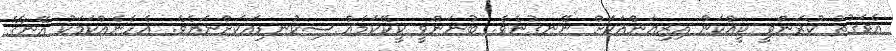
އެވަގުތު ކުރަންވީ ކީއްކަން އިޒިއަންއަކަށް ނޭނގުނެވެ. ބުނަންވީ ކީކޭކަމެއް ސިކުނޑިއަކަށްނަޔެވެ. އެހެނެއްކަމަކު އޭނާގެ